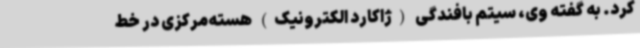
کرد. به گفته وی، سیتم بافندگی (ژاکارد الکترونیک) هسته‌مرکزی در خط